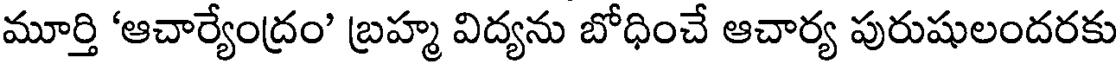
మూర్తి 'ఆచార్యేంద్రం' బ్రహ్మ విద్యను బోధించే ఆచార్య పురుషులందరకు